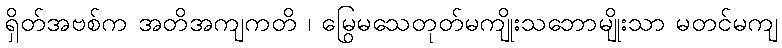
ရှိတ်အဗစ်က အတိအကျကတိ ၊ မြွေမသေတုတ်မကျိုးသဘောမျိုးသာ မတင်မကျ